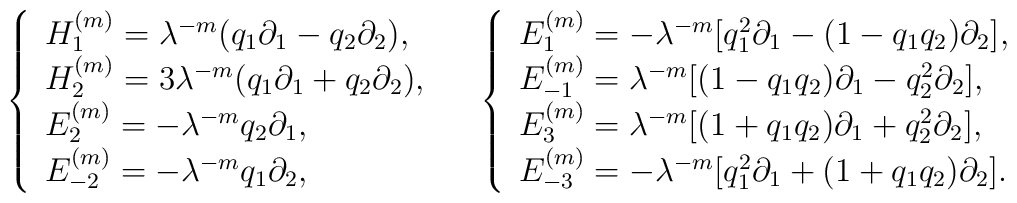
\left.\begin{array}{ll}{\left\{\begin{array}{l}H^{(m)}_{1}=\lambda^{-m} ( q_{1} \partial_{1} - q_{2} \partial_{2}) ,\,\,\\H^{(m)}_{2}=3\lambda^{-m} ( q_{1} \partial_{1} + q_{2} \partial_{2}) ,\,\,\\E^{(m)}_{2}= - \lambda^{-m} q_{2} \partial_{1} , \,\,\\E^{(m)}_{-2}= - \lambda^{-m} q_{1} \partial_{2} , \,\,\end{array}\right.}& {\left\{\begin{array}{l}E^{(m)}_{1}=-\lambda^{-m} [ q^{2}_{1} \partial_{1} -(1 - q_{1} q_{2} )\partial_{2} ], \,\,\\E^{(m)}_{-1}= \lambda^{-m} [ (1 - q_{1} q_{2} ) \partial_{1}- q^{2}_{2} \partial_{2}] , \,\, \\E^{(m)}_{3}=\lambda^{-m} [ (1 + q_{1} q_{2} ) \partial_{1}+ q^{2}_{2} \partial_{2}] , \,\, \\E^{(m)}_{-3}=-\lambda^{-m} [ q^{2}_{1} \partial_{1} + (1 + q_{1} q_{2} )\partial_{2} ].\end{array}\right.}\end{array}\right.